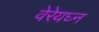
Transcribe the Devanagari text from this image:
वेरेयघ्न